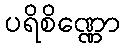
ပရိစိဏ္ဏော